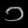
Digit: ၁